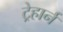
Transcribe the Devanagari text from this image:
ट्रेहार्न